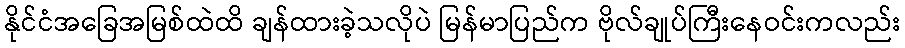
နိုင်ငံအခြေအမြစ်ထဲထိ ချန်ထားခဲ့သလိုပဲ မြန်မာပြည်က ဗိုလ်ချုပ်ကြီးနေဝင်းကလည်း